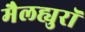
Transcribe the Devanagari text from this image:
मैलह्युरॉ